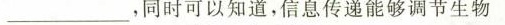
___，同时可以知道，信息传递能够调节生物